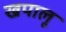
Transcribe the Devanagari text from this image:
खपालू